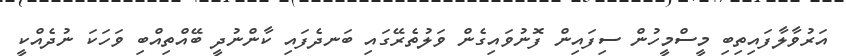
އަރުވާލާފައިތިބި މީސްމީހުން ސިފައިން ފޮނުވައިގެން ވަލުތެރޭގައި ބަނދެފައި ކާންނުދީ ބޭއްތިއްބި ވަހަކަ ނުދެއްކީ